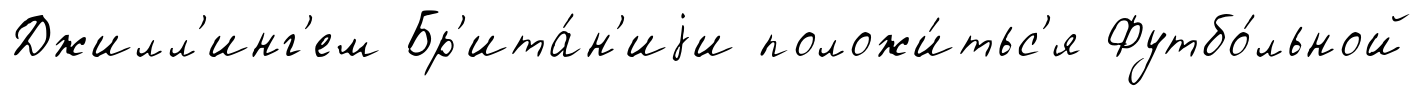
Джилл'инг'ем Бр'ита́н'иjи положи́тьс'я Футбо́льной